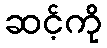
ဆင့်ကို